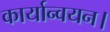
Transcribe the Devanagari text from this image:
कार्यान्वयन।